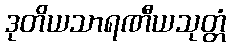
ဒုတိယသာရဏီယသုတ္တံ